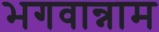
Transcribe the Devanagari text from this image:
भगवान्नाम